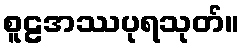
စူဠအဿပုရသုတ်။